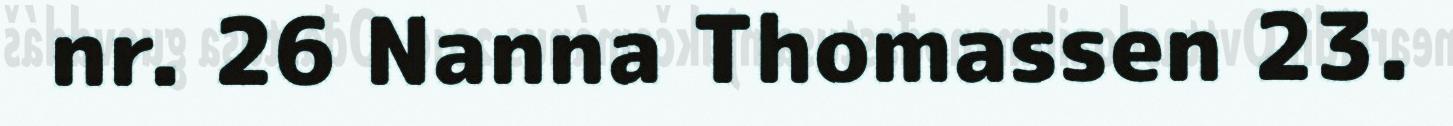
nr. 26 Nanna Thomassen 23.